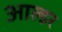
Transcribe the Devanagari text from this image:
आल्डर